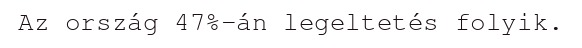
Az ország 47%-án legeltetés folyik.